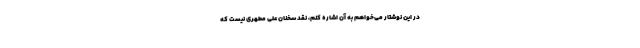
در این نوشتار می‌خواهم به آن اشاره کنم، نقد سخنان علی مطهری نیست که